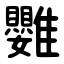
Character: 䨉